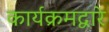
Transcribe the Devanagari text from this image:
कार्यक्रमद्वारे